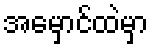
အမှောင်ထဲမှာ